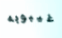
غيبوبه